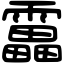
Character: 靁